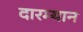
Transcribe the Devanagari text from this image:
दारम्यान